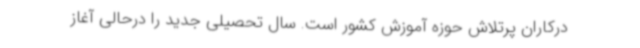
درکاران پرتلاش حوزه آموزش کشور است. سال تحصیلی جدید را درحالی آغاز